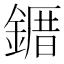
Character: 䥄